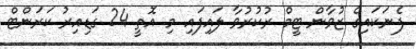
ފެނަކައިގެ ޒުވާން ޓީމް ރުކުރުވާ ލައިފައި މި އޮތީ 24 ގަޑިއިރު ކަރަންޓް